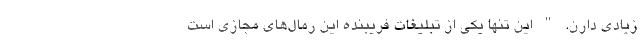
زیادی دارن. " این تنها یکی از تبلیغات فریبنده این رمال‌های مجازی است